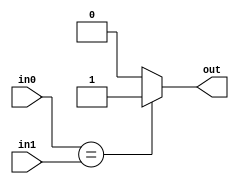
`timescale 1ns / 1ps
//////////////////////////////////////////////////////////////////////////////////
// Company: 
// Engineer: 
// 
// Design Name: 
// Module Name: equal
// Project Name: 
// Target Devices: 
// Tool Versions: 
// Description: 
// 
// Dependencies: 
// 
// Revision:
// Revision 0.01 - File Created
// Additional Comments:
// 
//////////////////////////////////////////////////////////////////////////////////


module equal(
         output reg out,
         input[3:0] in0,in1);
         always @(*)
         if(in0==in1)
          out=1;
          else
          out=0;
endmodule